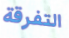
التفرقة